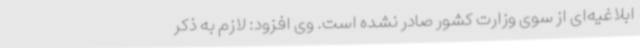
ابلاغیه‌ای از سوی وزارت کشور صادر نشده است. وی افزود: لازم به ذکر